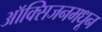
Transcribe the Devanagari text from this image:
ऑक्सिजनमधून